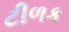
ટીળક